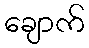
ချောက်